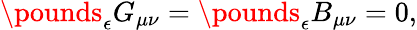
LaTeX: \pounds_{\mathbf{\epsilon}}G_{\mu\nu}=\pounds_{\mathbf{\epsilon}}B_{\mu\nu}=0,